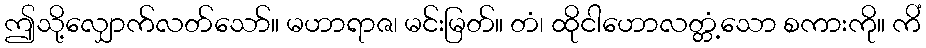
ဤသို့လျှောက်လတ်သော်။ မဟာရာဇ၊ မင်းမြတ်။ တံ၊ ထိုငါဟောလတ္တံ့သော စကားကို။ ကိံ